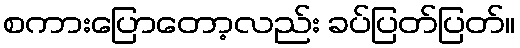
စကားပြောတော့လည်း ခပ်ပြတ်ပြတ်။